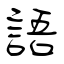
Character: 語